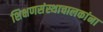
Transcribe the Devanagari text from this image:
शिक्षणसंस्थाचालकांना